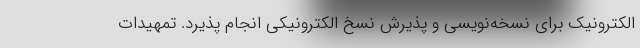
الکترونیک برای نسخه‌نویسی و پذیرش نسخ الکترونیکی انجام پذیرد. تمهیدات